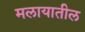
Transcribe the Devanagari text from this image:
मलायातील